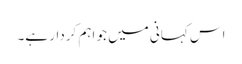
اس کہانی میں جو اہم کردار ہے۔